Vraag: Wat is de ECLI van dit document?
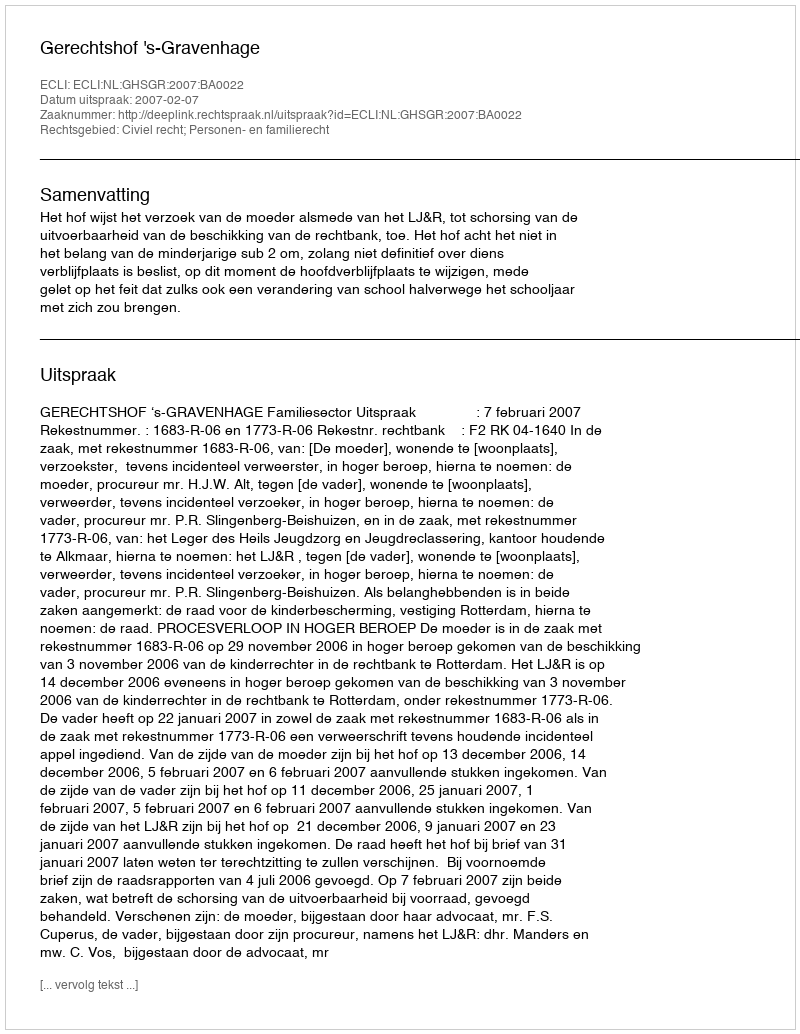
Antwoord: ECLI:NL:GHSGR:2007:BA0022